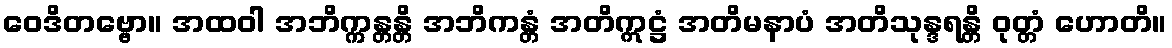
ဝေဒိတဗ္ဗော။ အထဝါ အဘိက္ကန္တန္တိ အဘိကန္တံ အတိဣဋ္ဌံ အတိမနာပံ အတိသုန္ဒရန္တိ ဝုတ္တံ ဟောတိ။